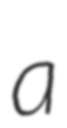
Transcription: a